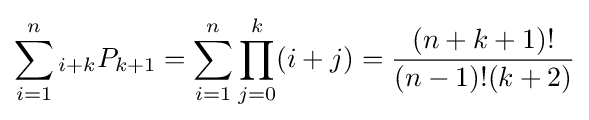
\sum _{i=1}^{n}{}_{i+k}P_{k+1}=\sum _{i=1}^{n}\prod _{j=0}^{k}(i+j)={\frac {(n+k+1)!}{(n-1)!(k+2)}}